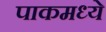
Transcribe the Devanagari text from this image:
पाकमध्ये